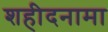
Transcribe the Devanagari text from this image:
शहीदनामा